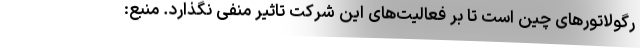
رگولاتورهای چین است تا بر فعالیت‌های این شرکت تاثیر منفی نگذارد. منبع: